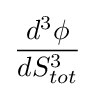
{\frac {d^{3}\phi }{dS_{tot}^{3}}}